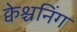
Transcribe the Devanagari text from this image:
क्वेश्चनिंग